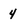
Character: 4